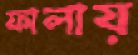
ফালায়